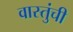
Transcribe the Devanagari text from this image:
वास्तुंची